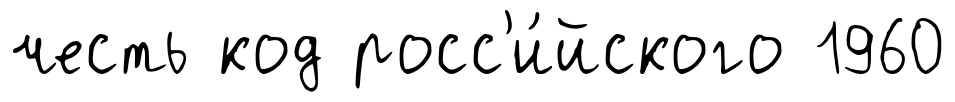
честь код росс'и́йского 1960